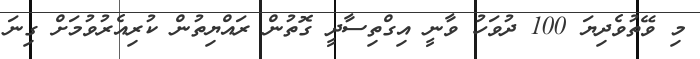
މި ވޭތުވެދިޔަ 100 ދުވަހު ވާނީ އިގްތިސާދީ ގޮތުން ރައްޔިތުން ކުރިއެރުވުމަށް ގިނަ